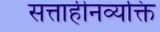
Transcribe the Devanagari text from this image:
सत्ताहीनव्यक्ति